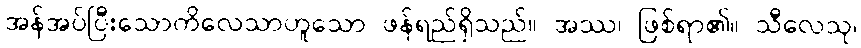
အန်အပ်ပြီးသောကိလေသာဟူသော ဖန်ရည်ရှိသည်။ အဿ၊ ဖြစ်ရာ၏။ သီလေသု၊